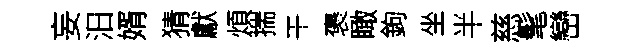
妄汨婿猜獻煩揣干褒瞰鉤坐半慈髦巒